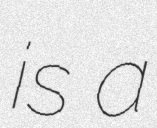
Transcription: is a